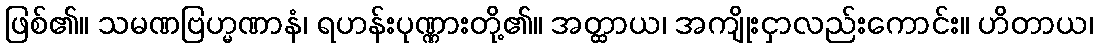
ဖြစ်၏။ သမဏဗြဟ္မဏာနံ၊ ရဟန်းပုဏ္ဏားတို့၏။ အတ္ထာယ၊ အကျိုးငှာလည်းကောင်း။ ဟိတာယ၊